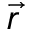
\vec { r }